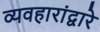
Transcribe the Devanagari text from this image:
व्यवहारांद्वारे